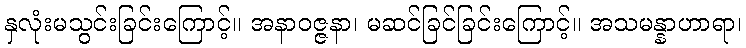
နှလုံးမသွင်းခြင်းကြောင့်။ အနာဝဇ္ဇနာ၊ မဆင်ခြင်ခြင်းကြောင့်။ အသမန္နာဟာရာ၊